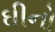
ઘીનો